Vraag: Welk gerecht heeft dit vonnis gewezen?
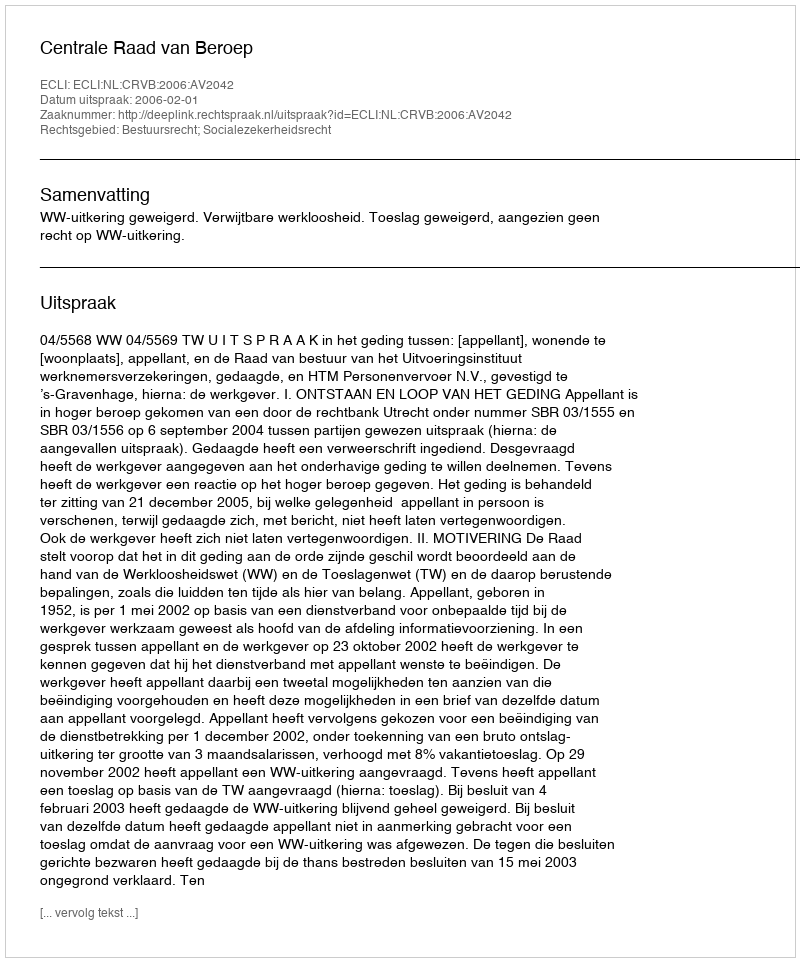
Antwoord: Centrale Raad van Beroep